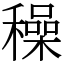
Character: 䆆